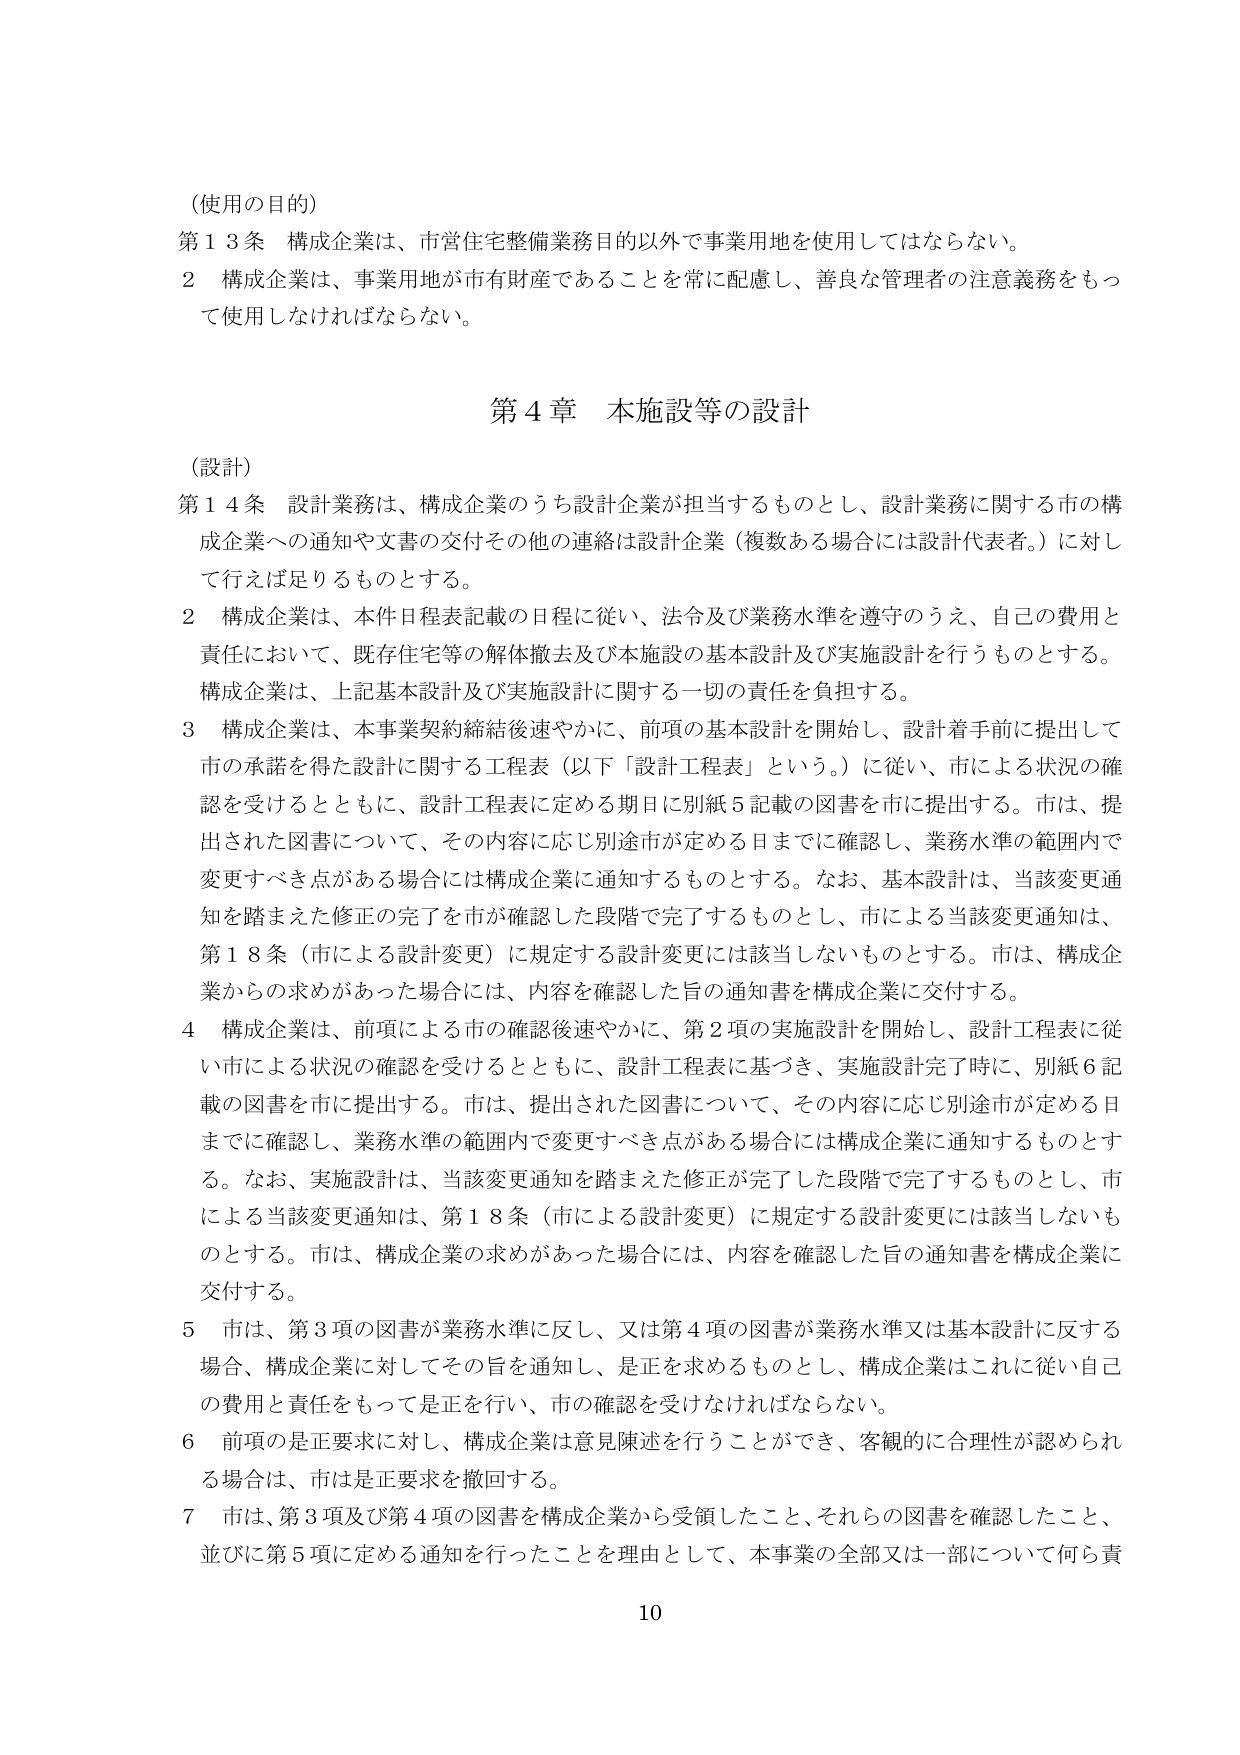
（使用の目的）
第13条 構成企業は、市営住宅整備業務目的以外で事業用地を使用してはならない。
2 構成企業は、事業用地が市有財産であることを常に配慮し、善良な管理者の注意義務をもって使用しなければならない。

第4章 本施設等の設計

（設計）
第14条 設計業務は、構成企業のうち設計企業が担当するものとし、設計業務に関する市の構成企業への通知や文書の交付その他の連絡は設計企業（複数ある場合には設計代表者。）に対して行えば足りるものとする。
2 構成企業は、本件日程表記載の日程に従い、法令及び業務水準を遵守のうえ、自己の費用と責任において、既存住宅等の解体撤去及び本施設の基本設計及び実施設計を行うものとする。構成企業は、上記基本設計及び実施設計に関する一切の責任を負担する。
3 構成企業は、本事業契約締結後速やかに、前項の基本設計を開始し、設計着手前に提出して市の承諾を得た設計に関する工程表（以下「設計工程表」という。）に従い、市による状況の確認を受けるとともに、設計工程表に定める期日に別紙5記載の図書を市に提出する。市は、提出された図書について、その内容に応じ別途市が定める日までに確認し、業務水準の範囲内で変更すべき点がある場合には構成企業に通知するものとする。なお、基本設計は、当該変更通知を踏まえた修正の完了を市が確認した段階で完了するものとし、市による当該変更通知は、第18条（市による設計変更）に規定する設計変更には該当しないものとする。市は、構成企業からの求めがあった場合には、内容を確認した旨の通知書を構成企業に交付する。
4 構成企業は、前項による市の確認後速やかに、第2項の実施設計を開始し、設計工程表に従い市による状況の確認を受けるとともに、設計工程表に基づき、実施設計完了時に、別紙6記載の図書を市に提出する。市は、提出された図書について、その内容に応じ別途市が定める日までに確認し、業務水準の範囲内で変更すべき点がある場合には構成企業に通知するものとする。なお、実施設計は、当該変更通知を踏まえた修正が完了した段階で完了するものとし、市による当該変更通知は、第18条（市による設計変更）に規定する設計変更には該当しないものとする。市は、構成企業の求めがあった場合には、内容を確認した旨の通知書を構成企業に交付する。
5 市は、第3項の図書が業務水準に反し、又は第4項の図書が業務水準又は基本設計に反する場合、構成企業に対してその旨を通知し、是正を求めるものとし、構成企業はこれに従い自己の費用と責任をもって是正を行い、市の確認を受けなければならない。
6 前項の是正要求に対し、構成企業は意見陳述を行うことができ、客観的に合理性が認められる場合は、市は是正要求を撤回する。
7 市は、第3項及び第4項の図書を構成企業から受領したこと、それらの図書を確認したこと、並びに第5項に定める通知を行ったことを理由として、本事業の全部又は一部について何ら責

10